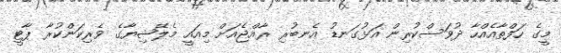
މީގެ ހަފްތާއެއްހާ ދުވަސްކުރިން އަޅުގަނޑު އެނބުރި ރާއްޖެއަށް މިއައީ މެލޭޝިޔާގެ ވެރިކަންކުރާ ޕާޓީ